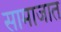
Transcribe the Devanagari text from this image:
सामाजात